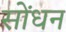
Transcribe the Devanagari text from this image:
सोंधन